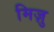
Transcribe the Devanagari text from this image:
मिज़ु